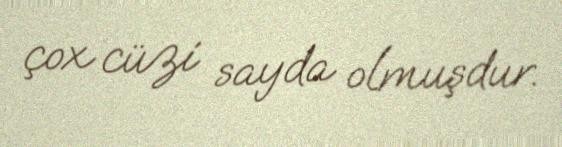
çox cüzi sayda olmuşdur.